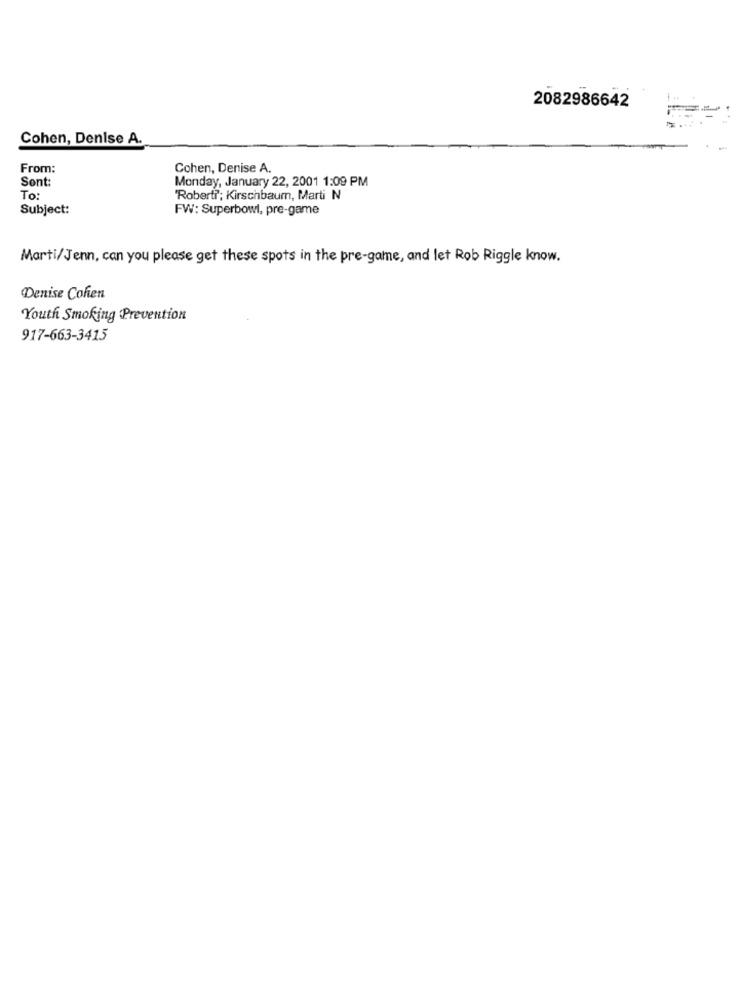
2082986642
Cohen, Denise A.
From:
Cohen, Denise A.
Sont:
Monday, January 22, 2001 1:09 PM
To:
Robert?"; Kirschbaum, Marti N
Subject:
FW: Superbowl, pre-game
Marti/Jenn, can you please get these spots in the pre-game, and let Rob Riggle know.
Denise Cohen
Youth Smoking Prevention
917-663-3415